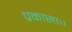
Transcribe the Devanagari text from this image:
प्रकासा।।